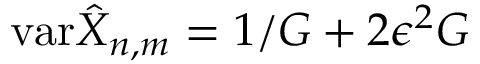
\mathrm { v a r } \hat { X } _ { n , m } = 1 / G + 2 \epsilon ^ { 2 } G